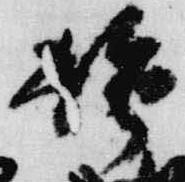
強